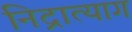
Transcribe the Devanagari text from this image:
निद्रात्याग